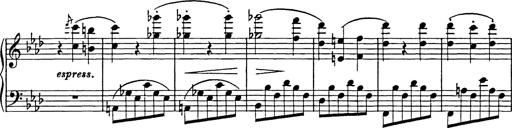
Title: Feuilles d'Album
Composer: Percy Godfrey